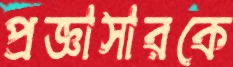
প্রজ্ঞাসারকে